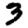
Digit: 3